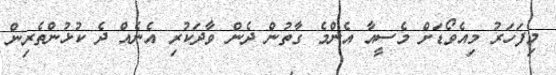
މިފަހަރު މިއެވޯޑަށް މެސީއާ އެންމެ ގާތުން ދެން ވާދަކުރި އެނެއް ދެ ކުޅުންތެރިން